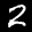
Label: 2